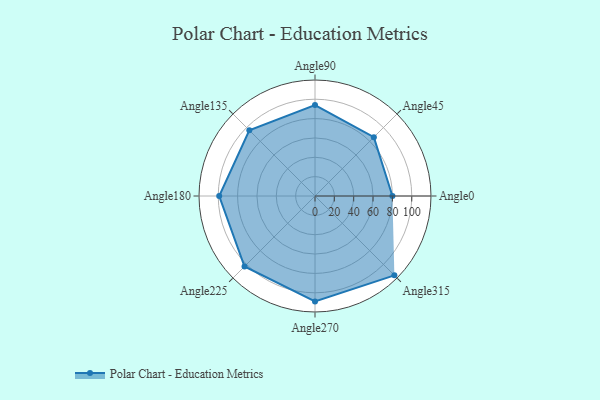
{"axis": {"x": "Angle", "y": "Radius"}, "legend": [""], "data": [{"x": "Angle0", "y": 80.0, "type": ""}, {"x": "Angle45", "y": 86.0, "type": ""}, {"x": "Angle90", "y": 94.0, "type": ""}, {"x": "Angle135", "y": 96.0, "type": ""}, {"x": "Angle180", "y": 99.0, "type": ""}, {"x": "Angle225", "y": 103.0, "type": ""}, {"x": "Angle270", "y": 109.0, "type": ""}, {"x": "Angle315", "y": 116.0, "type": ""}]}